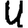
Digit: 4